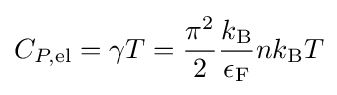
C_{P,{\rm {el}}}=\gamma T={\frac {\pi ^{2}}{2}}{\frac {k_{\rm {B}}}{\epsilon _{\rm {F}}}}nk_{\rm {B}}T